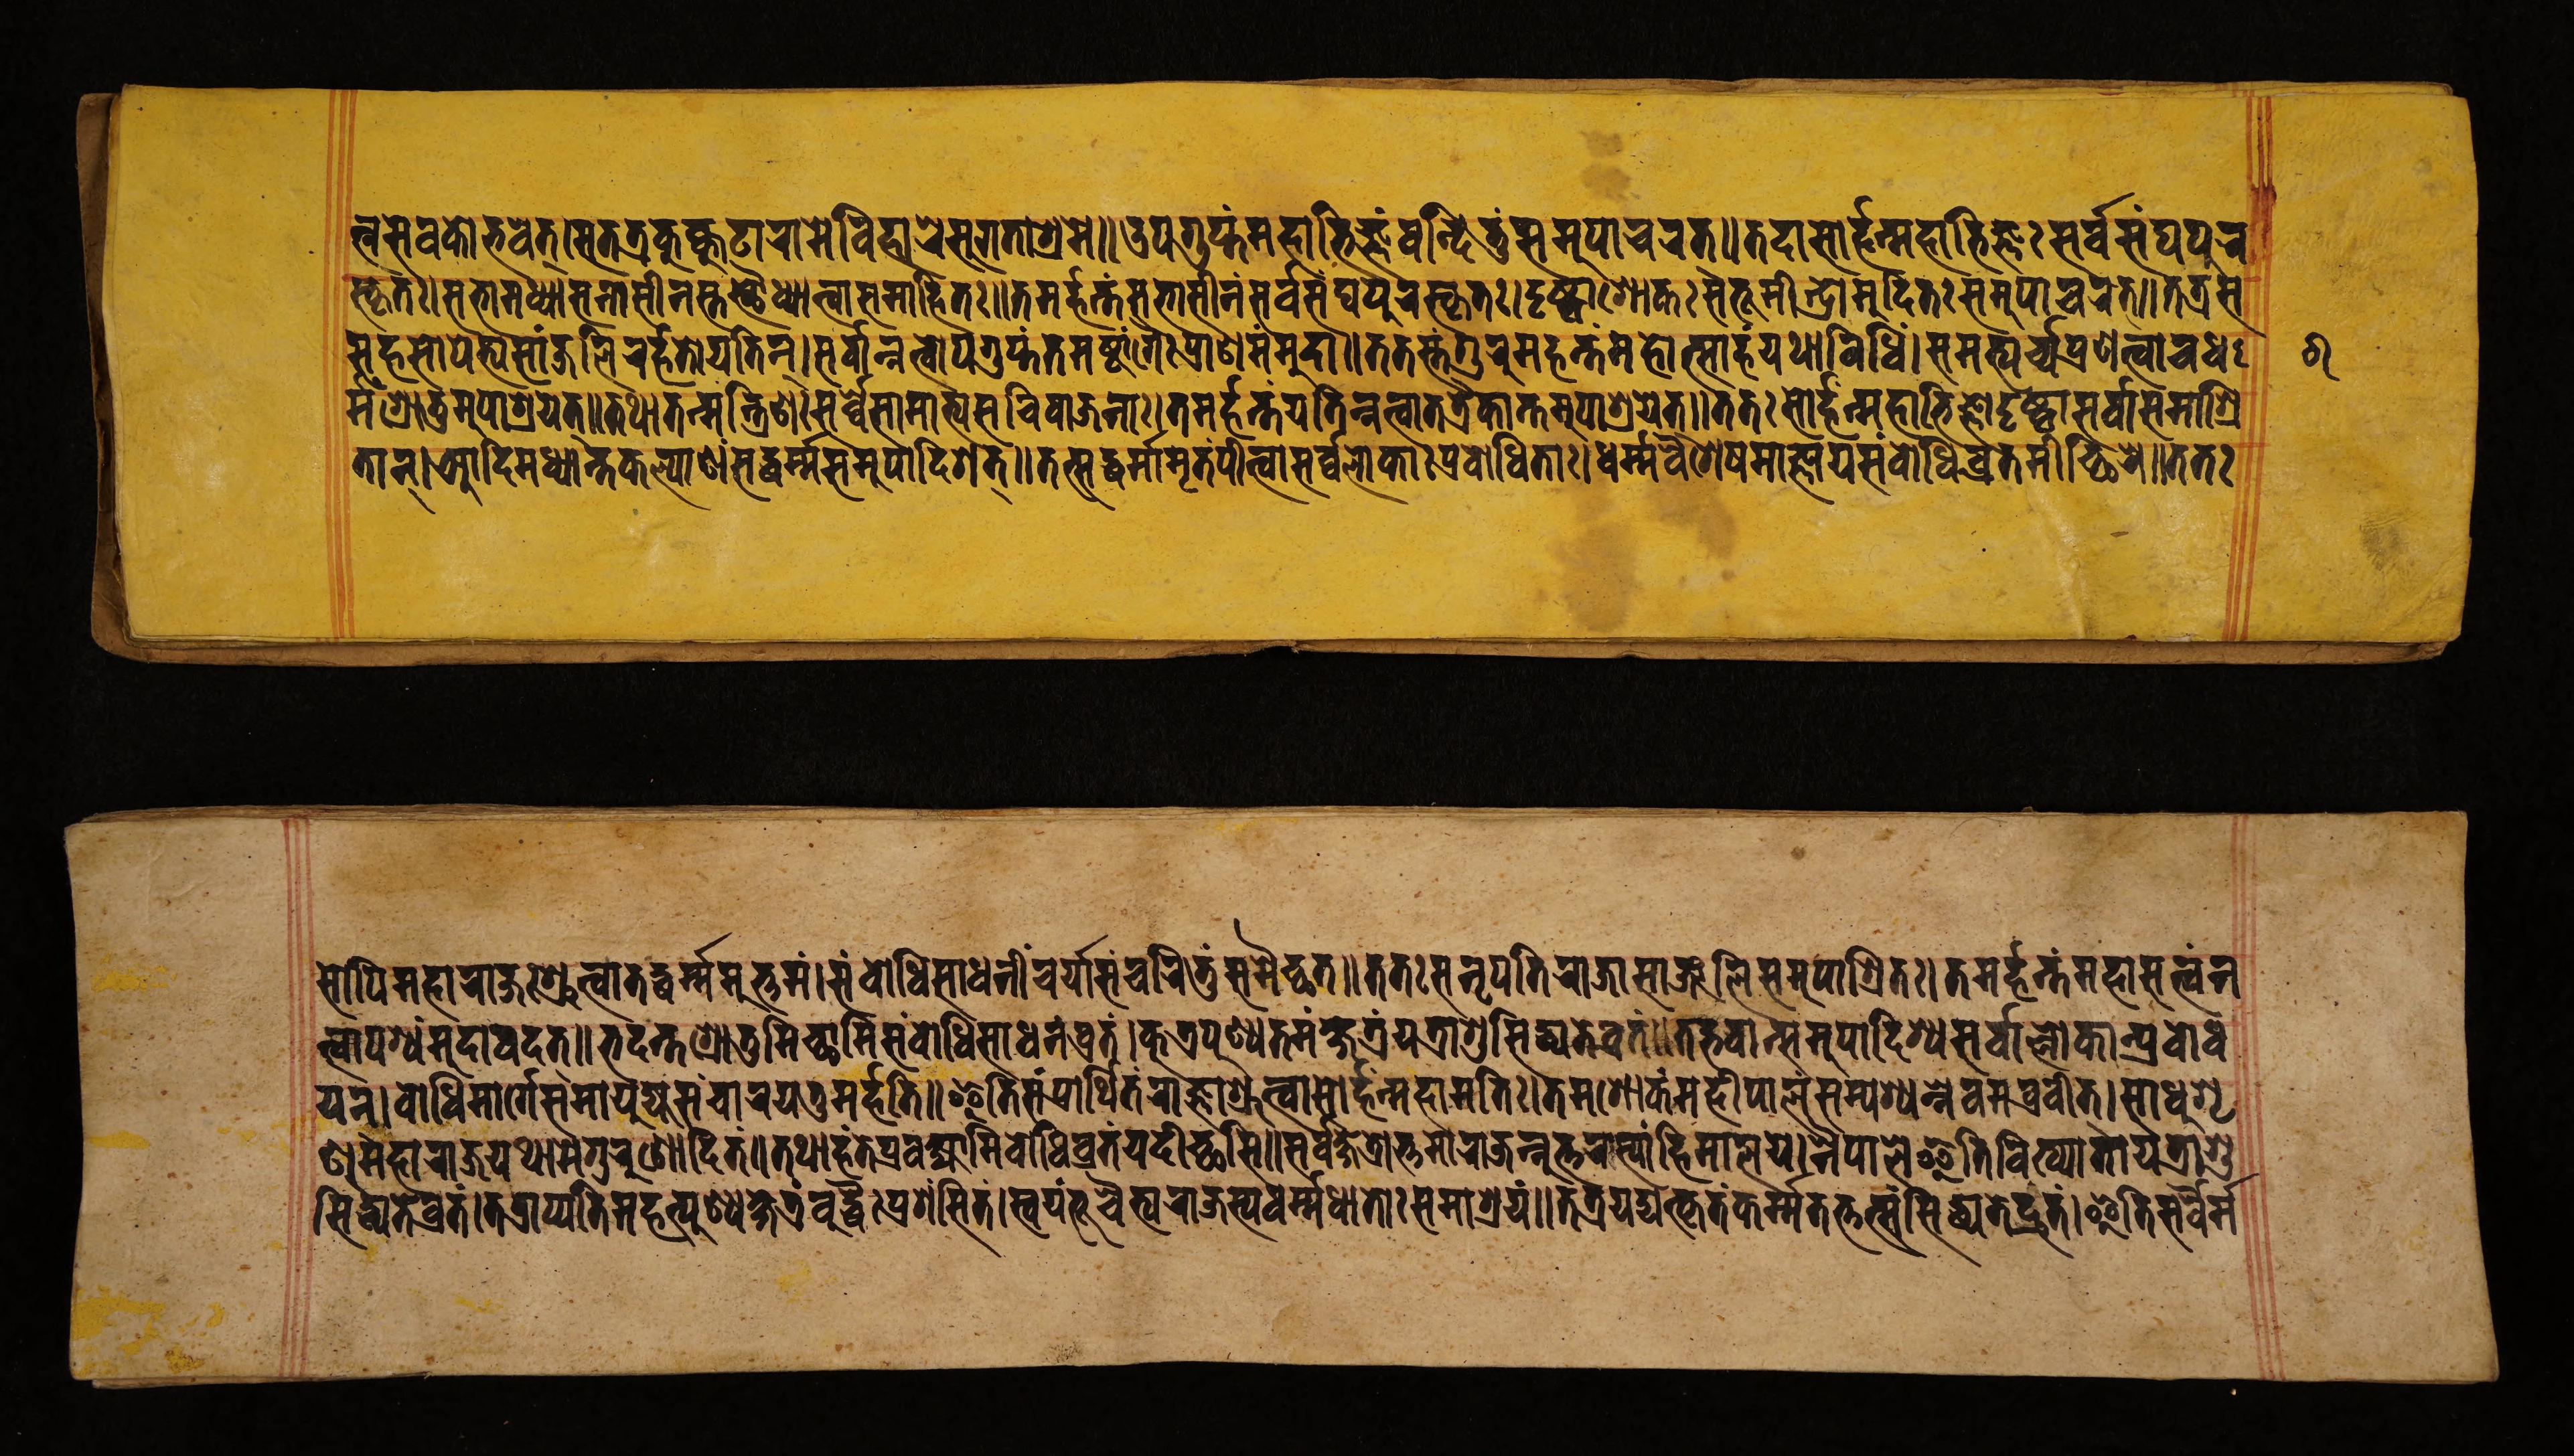
𑐟𑑂𑐣𑐳𑐾𑐰𑐎𑑀𑐨𑐰𑐟𑑂।𑐳𑐟𑐟𑑂𑐬𑐎𑐸𑐎𑑂𑐎𑐸𑐚𑐵𑐬𑐵𑐩𑐾𑐰𑐶𑐴𑐵𑐬𑐾𑐳𑐸𑐐𑐟𑐵𑐱𑑂𑐬𑐩𑐾॥𑐄𑐥𑐐𑐸𑐥𑑂𑐟𑑄𑐩𑐴𑐵𑐨𑐶𑐖𑑂𑐘𑑄𑐰𑐣𑑂𑐡𑐶𑐟𑐸𑑄𑐳𑐩𑐸𑐥𑐵𑐔𑐬𑐟𑑂॥𑐟𑐡𑐵𑐳𑐵𑐬𑑂𑐴𑐣𑑂𑐩𑐴𑐵𑐨𑐶𑐖𑑂𑐘𑐘𑑂𑐳𑐬𑑂𑐰𑐳𑑄𑐑𑐥𑐸𑐬 𑐳𑑂𑐎𑐺𑐟𑑅।𑐳𑐨𑐵𑐩𑐢𑑂𑐫𑐵𑐳𑐣𑐵𑐳𑐷𑐣𑐳𑑂𑐟𑐳𑑂𑐠𑑁𑐢𑑂𑐫𑐵𑐟𑑂𑐰𑐵𑐳𑐩𑐵𑐴𑐶𑐟𑑅॥𑐟𑐩𑐬𑑂𑐴𑐣𑑂𑐟𑑄𑐳𑐨𑐵𑐳𑐷𑐣𑑄𑐳𑐬𑑂𑐰𑐳𑑄𑐑𑐥𑐸𑐬𑐳𑑂𑐎𑐺𑐟𑑅।𑐡𑐺𑐲𑑂𑐚𑑂𑐰𑐵𑐱𑑀𑐎𑑅𑐳𑐨𑐹𑐩𑐷𑐣𑑂𑐡𑑂𑐬𑑀𑐩𑐸𑐡𑐶𑐟𑑅𑐳𑐩𑐸𑐥𑐵𑐔𑐬𑐟𑑂॥𑐟𑐟𑑂𑐬𑐳 𑐳𑐴𑐳𑑀𑐥𑐾𑐟𑑂𑐫𑐳𑐵𑑄𑐖𑐮𑐶𑐬𑐬𑑂𑐴𑐟𑑀𑐫𑐟𑐶𑐣𑑂।𑐳𑐬𑑂𑐰𑐵𑐣𑑂𑐣𑐟𑑂𑐰𑑀𑐥𑐐𑐸𑐥𑑂𑐟𑑄𑐟𑐩𑐲𑑂𑐚𑐵𑑄𑐐𑐿𑑅𑐥𑑂𑐬𑐵𑐞𑐩𑑄𑐩𑐸𑐡𑐵॥𑐟𑐟𑐳𑑂𑐟𑑄𑐐𑐸𑐬𑐸𑐩𑐴𑐣𑑂𑐟𑑄𑐩𑐴𑑀𑐟𑑂𑐳𑐵𑐴𑑄𑐫𑐠𑐵𑐰𑐶𑐢𑐶𑑄।𑐳𑐩𑐨𑑂𑐫𑐬𑑂𑐔𑑂𑐔𑑂𑐫𑐥𑑂𑐬𑐞𑐟𑑂𑐰𑐵𑐔𑐢 𑐬𑑂𑐩𑑄𑐱𑑂𑐬𑑀𑐟𑐸𑐩𑐸𑐥𑐵𑐱𑑂𑐬𑐫𑐟𑑂॥𑐟𑐠𑐵𑐟𑐣𑑂𑐩𑐣𑑂𑐟𑑂𑐬𑐶𑐞𑑅𑐳𑐬𑑂𑐰𑑂𑐰𑐾𑐳𑐵𑐩𑐵𑐟𑑂𑐫𑐳𑐔𑐶𑐰𑐵𑐖𑐣𑐵𑑅।𑐟𑐩𑐬𑑂𑐴𑐣𑑂𑐟𑑄𑐫𑐟𑐶𑐣𑑂𑐣𑐟𑑂𑐰𑐵𑐟𑐟𑑂𑐬𑐿𑐎𑐵𑐣𑑂𑐟𑐩𑐸𑐥𑐵𑐱𑑂𑐬𑐫𑐾𑐟𑑂॥𑐟𑐟𑑅𑐳𑑀𑐬𑑂𑐴𑑄𑐣𑑂𑐩𑐴𑐵𑐨𑐶𑐖𑑂𑐘𑑀𑐡𑐺𑐲𑑂𑐚𑑂𑐰𑐵𑐳𑐬𑑂𑐰𑐵𑐳𑐩𑐵𑐱𑑂𑐬𑐶 𑐟𑐵𑐣𑑂।𑐁𑐡𑐶𑐩𑐢𑑂𑐫𑐵𑐣𑑂𑐟𑐎𑐮𑑂𑐫𑐵𑐞𑑄𑐳𑐡𑑂𑐢𑐬𑑂𑐩𑑂𑐩𑐳𑐩𑐸𑐥𑐵𑐡𑐶𑐱𑐟𑑂॥𑐟𑐟𑑂𑐳𑐡𑑂𑐢𑐬𑑂𑐩𑐵𑐩𑐺𑐟𑑄𑐥𑐷𑐟𑑂𑐰𑐵𑐳𑐬𑑂𑐰𑑂𑐰𑐮𑑀𑐎𑐵𑑅𑐥𑑂𑐬𑐧𑑀𑐢𑐶𑐟𑐵𑑅।𑐢𑐬𑑂𑐩𑑂𑐩𑐰𑐿𑐱𑐾𑐲𑐩𑐵𑐖𑑂𑐘𑐵𑐫𑐳𑑄𑐧𑑀𑐢𑐶𑐰𑑂𑐬𑐟𑐩𑐷𑐔𑑂𑐕𑐶𑐬𑐾॥𑐟𑐟𑑅 𑐳𑑀𑐥𑐶𑐩𑐴𑐵𑐬𑐵𑐖𑑅𑐱𑑂𑐬𑐸𑐟𑑂𑐰𑐵𑐟𑐡𑑂𑐢𑐬𑑂𑐩𑑂𑐩𑑄𑐄𑐟𑑂𑐟𑐩𑑄।𑐳𑑄𑐧𑑀𑐢𑐶𑐳𑐵𑐢𑐣𑐷𑑄𑐔𑐬𑑂𑐫𑐵𑐳𑑄𑐔𑐬𑐶𑐟𑐸𑑄𑐳𑐩𑐿𑐔𑑂𑐕𑐟॥𑐟𑐟𑑅𑐳𑐣𑐺𑐥𑐟𑐶𑐬𑐵𑐖𑐵𑐳𑐵𑐘𑑂𑐖𑐮𑐶𑐳𑐩𑐸𑐥𑐵𑐱𑑂𑐬𑐶𑐟𑑅।𑐟𑐩𑐬𑑂𑐴𑐣𑑂𑐟𑑄𑐩𑐴𑐵𑐳𑐟𑑂𑐰𑑄𑐣 𑐟𑑂𑐰𑐵𑐥𑐱𑑂𑐫𑑄𑐩𑐸𑐡𑐵𑐰𑐡𑐟𑑂॥𑐨𑐡𑐣𑑂𑐟𑐱𑑂𑐬𑑀𑐟𑐸𑐩𑐶𑐔𑑂𑐕𑐵𑐩𑐶𑐳𑑄𑐧𑑀𑐢𑐶𑐳𑐵𑐢𑐣𑑄𑐰𑑂𑐬𑐟𑑄।𑐎𑐸𑐟𑑂𑐬𑐥𑐸𑐞𑑂𑐫𑐟𑐩𑑄𑐎𑑂𑐲𑐾𑐟𑑂𑐬𑑄𑐫𑐟𑑂𑐬𑐵𑐱𑐸𑐳𑐶𑐢𑑂𑐫𑐟𑐾𑐰𑑂𑐬𑐟𑑄॥𑐟𑐡𑑂𑐨𑐰𑐵𑐣𑑂𑐳𑐩𑐸𑐥𑐵𑐡𑐶𑐱𑑂𑐫𑐳𑐬𑑂𑐰𑐵𑐮𑑂𑐮𑑀𑐎𑐵𑐣𑑂𑐥𑑂𑐬𑐨𑑀𑐢 𑐫𑐣𑑂।𑐧𑑀𑐢𑐶𑐩𑐵𑐬𑑂𑐐𑐾𑐳𑐩𑐵𑐫𑐸𑐖𑑂𑐫𑐳𑑄𑐔𑐵𑐬𑐫𑐟𑐸𑐩𑐬𑑂𑐴𑐟𑐶॥𑐂𑐟𑐶𑐳𑑄𑐥𑑂𑐬𑐵𑐬𑑂𑐠𑐶𑐟𑑄𑐬𑐵𑐖𑑂𑐘𑐵𑐱𑑂𑐬𑐸𑐟𑑂𑐰𑐵𑐳𑑀𑐬𑑂𑐴𑑄𑐣𑑂𑐩𑐴𑐵𑐩𑐟𑐶𑑅।𑐟𑐩𑐱𑑀𑐎𑑄𑐩𑐴𑐷𑐥𑐵𑐮𑑄𑐳𑐩𑑂𑐥𑐱𑑂𑐫𑐣𑑂𑐣𑐾𑐰𑐩𑐧𑑂𑐬𑐰𑐷𑐟𑑂।𑐳𑐵𑐢𑐸𑐱𑐺 𑐞𑐸𑐩𑐴𑐵𑐬𑐵𑐖𑐫𑐠𑐵𑐩𑐾𑐐𑐸𑐬𑐸𑐞𑑀𑐡𑐶𑐟𑑄।𑐟𑐠𑐵𑐴𑑄𑐟𑐾𑐥𑑂𑐬𑐰𑐎𑑂𑐲𑑂𑐫𑐵𑐩𑐶𑐧𑑀𑐢𑐶𑐰𑑂𑐬𑐟𑑄𑐫𑐡𑐷𑐔𑑂𑐕𑐳𑐶॥𑐳𑐬𑑂𑐰𑐎𑑂𑐲𑐾𑐟𑑂𑐬𑑀𑐟𑑂𑐟𑐩𑑀𑐬𑐵𑐖𑐣𑑂𑐣𑐸𑐟𑑂𑐟𑐬𑐵𑐳𑑂𑐫𑐵𑑄𑐴𑐶𑐩𑐵𑐮𑐫𑐾।𑐣𑐿𑐥𑐵𑐮𑐿𑐟𑐶𑐰𑐶𑐏𑑂𑐫𑐵𑐟𑑀𑐫𑐟𑑂𑐬𑐵𑐱𑐸 𑐳𑐶𑐢𑑂𑐫𑐟𑐾𑐰𑑂𑐬𑐟𑑄।𑐟𑐟𑑂𑐬𑐵𑐥𑑂𑐫𑐟𑐶𑐩𑐴𑐟𑑂𑐥𑐸𑐞𑑂𑐫𑐎𑑂𑐲𑐾𑐟𑑂𑐬𑑄𑐧𑐸𑐡𑑂𑐢𑐿𑑅𑐥𑑂𑐬𑐱𑑄𑐳𑐶𑐟𑑄।𑐳𑑂𑐰𑐫𑑄𑐨𑐹𑐔𑐿𑐟𑑂𑐫𑐬𑐵𑐖𑐳𑑂𑐫𑐢𑐬𑑂𑐩𑑂𑐩𑐢𑐵𑐟𑑀𑐳𑐩𑐵𑐱𑑂𑐬𑐫𑑄॥𑐟𑐟𑑂𑐬𑐫𑐡𑑂𑐫𑐟𑑂𑐎𑐺𑐟𑑄𑐎𑐬𑑂𑐩𑑂𑐩𑐟𑐟𑑂𑐟𑐟𑑂𑐳𑑄𑐳𑐶𑐢𑑂𑐫𑐟𑐾𑐡𑑂𑐬𑐸𑐟𑑄।𑐂𑐟𑐶𑐳𑐬𑑂𑐰𑐿𑐬𑑂𑐩 𑑖